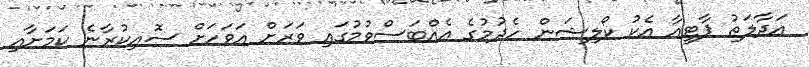
އަދާލަތު ޕާޓީއާ އެކު ކޯލިޝަން ހެދުމުގެ އެއްބަސްވުމުގައި ވަރަށް އަވަހަށް ސޮއިކުރާނެ ކަމަށާއި